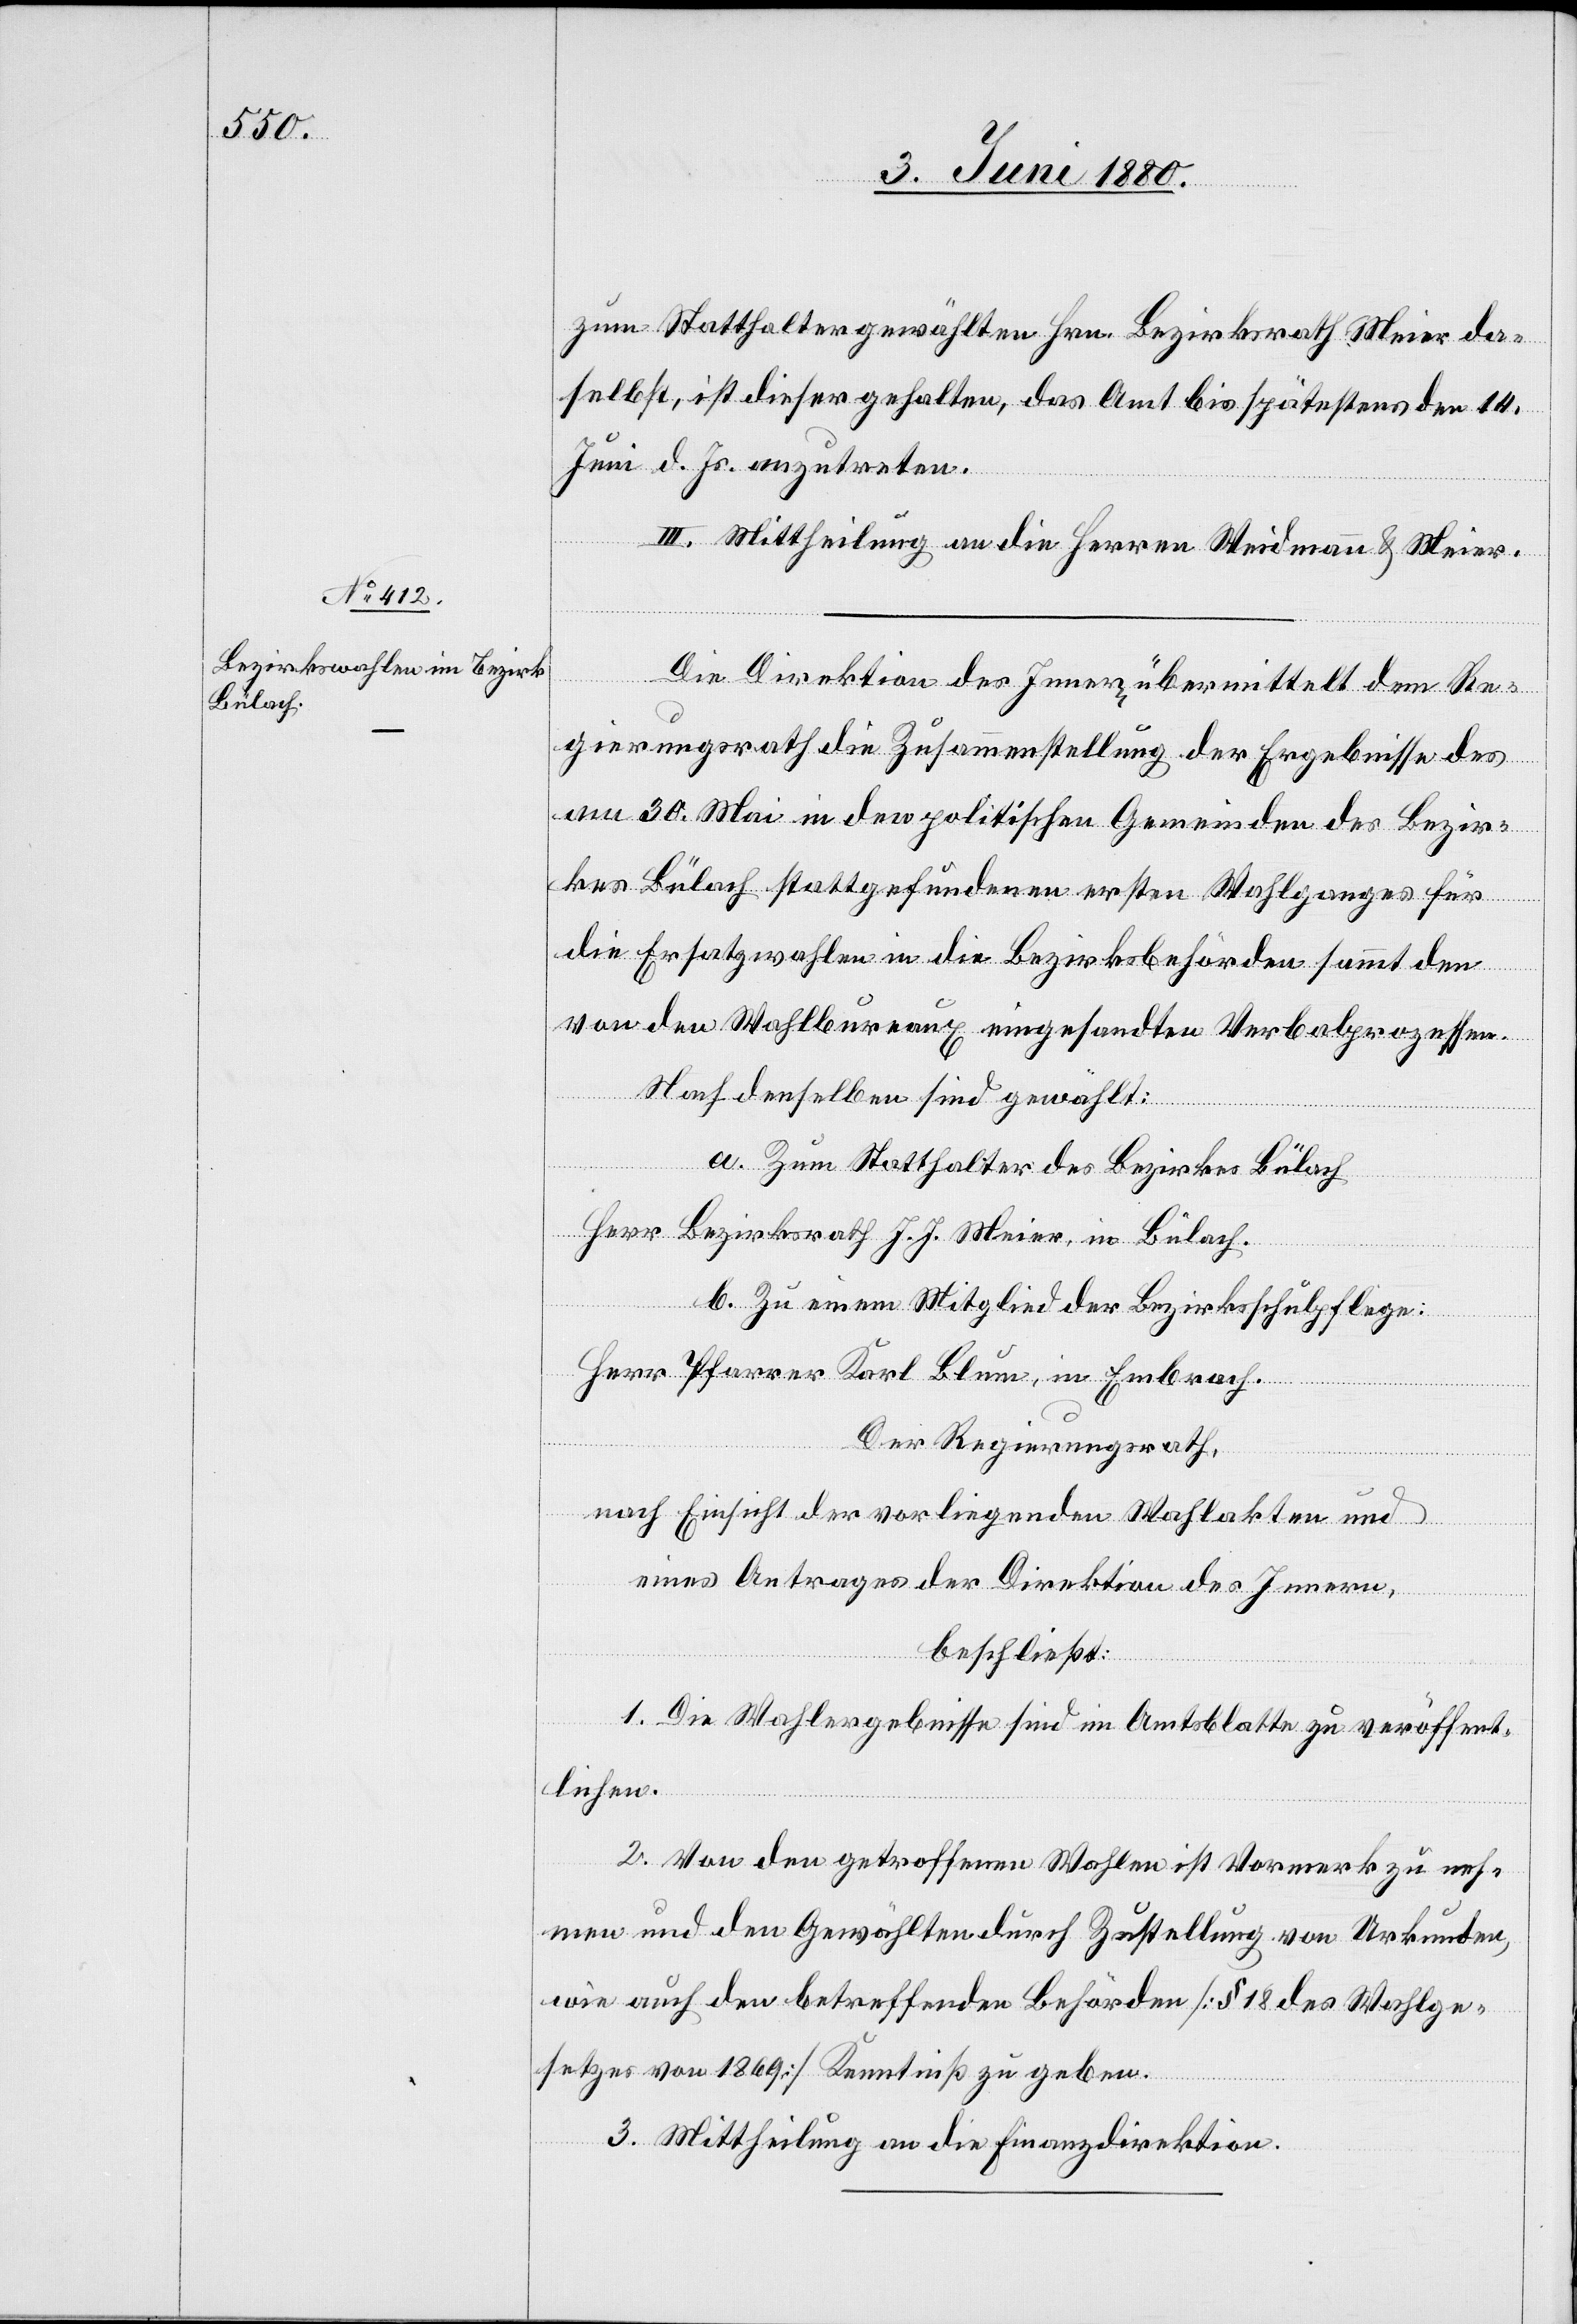
Bülach

zum Statthalter gewählten Hrn. Bezirksrath Meier da¬
selbst, ist dieser gehalten, das Amt bis spätestens den 14.
Juni d. Js. anzutreten.
kes
III. Mittheilung an die Herren Weidmann & Meier.
Die Direktion des Innern übermittelt dem Re¬
gierungsrath die Zusammenstellung der Ergebnisse des
am 30. Mai in den politischen Gemeinden des Bezir¬
die Ersatzwahlen in die Bezirksbehörden sammt den
von den Wahlbureaux eingesandten Verbalprozessen.
Nach denselben sind gewählt:
a. Zum Statthalter des Bezirkes Bülach
Wahlganges
Herr Bezirksrath J. J. Meier, in Bülach.
b. Zu einem Mitglied der Bezirksschulpflege:
Herr Pfarrer Karl Blum, in Embrach.
Der Regierungsrath,
nach Einsicht der vorliegenden Wahlakten und
eines Antrages der Direktion des Innern,
beschließt:
1. Die Wahlergebnisse sind im Amtsblatte zu veröffent¬
lichen.
2. Von den getroffenen Wahlen ist Vormerk zu neh¬
men und den Gewählten durch Zustellung von Urkunden,
wie auch den betreffenden Behörden [§ 18 des Wahlge¬
setzes von 1869] Kenntniß zu geben.
3. Mittheilung an die Finanzdirektion.